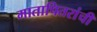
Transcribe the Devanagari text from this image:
मातापितरांची